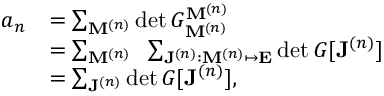
\begin{array} { r l } { a _ { n } } & { = \sum _ { \mathbf { M } ^ { ( n ) } } \det G _ { \mathbf { M } ^ { ( n ) } } ^ { \mathbf { M } ^ { ( n ) } } } \\ & { = \sum _ { \mathbf { M } ^ { ( n ) } } \; \; \sum _ { \mathbf { J } ^ { ( n ) } : \mathbf { M } ^ { ( n ) } \mapsto \mathbf { E } } \det G [ \mathbf { J } ^ { ( n ) } ] } \\ & { = \sum _ { \mathbf { J } ^ { ( n ) } } \det G [ \mathbf { J } ^ { ( n ) } ] , } \end{array}